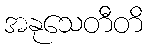
အနုသေတီတိ